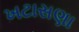
ખટાસણા